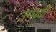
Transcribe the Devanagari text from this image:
उम्मदी